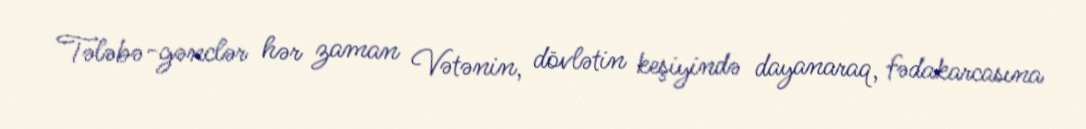
Tələbə-gənclər hər zaman Vətənin, dövlətin keşiyində dayanaraq, fədakarcasına